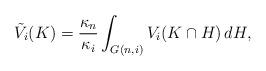
LaTeX: \begin{align*} \tilde V_i(K) = \frac{\kappa_{n}}{\kappa_i}\int_{G(n,i)} V_i (K\cap H ) \, dH, \end{align*}